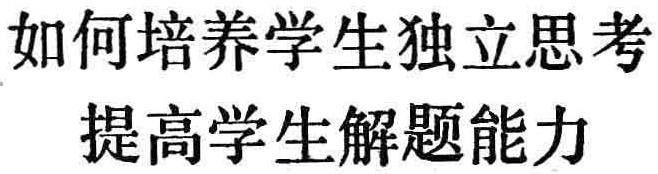
如何培养学生独立思考
提高学生解题能力